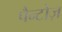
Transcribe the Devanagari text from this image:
पैन्टोज़